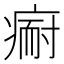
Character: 𱱘